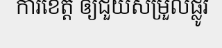
ការខេត្ត ឲ្យជួយសម្រួលផ្លូវ